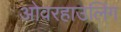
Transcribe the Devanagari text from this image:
ओवरहाउलिंग